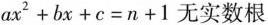
ax^{2}+bx+c=n+1无实数根